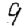
Digit: 9